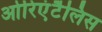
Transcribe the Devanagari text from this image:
ओरिएंटैलिस